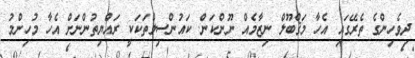
ދިވެހިންގެ ތެރޭގައި އެހާ މަޤްބޫލް ނިޒާމެއް ނޫންކަން. ކައުންސިލްތަކަކީ ރައްޔިތުންނަށް އެހާ މުހިންމު